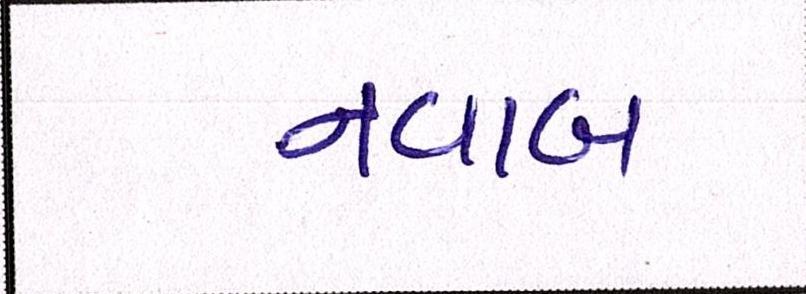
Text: નવાબ